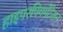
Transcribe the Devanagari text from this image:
हाइपरपिगमेंटेशन